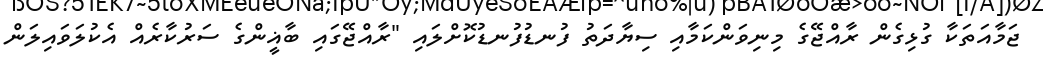
ޖަމާއަތަކާ ގުޅިގެން ރާއްޖޭގެ މިނިވަންކަމާއި ސިޔާދަތު ފުނޑުފުނޑުކޮށްލައި "ރާއްޖޭގައި ބާޣީންގެ ސަރުކާރެއް އެކުލަވައިލަން